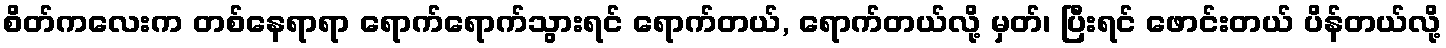
စိတ်ကလေးက တစ်နေရာရာ ရောက်ရောက်သွားရင် ရောက်တယ်, ရောက်တယ်လို့ မှတ်၊ ပြီးရင် ဖောင်းတယ် ပိန်တယ်လို့